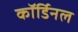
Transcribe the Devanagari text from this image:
कॉर्डिनल